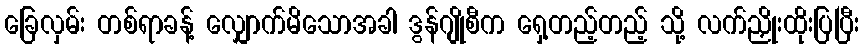
ခြေလှမ်း တစ်ရာခန့် လျှောက်မိသောအခါ ဒွန်ဂျိုစီက ရှေ့တည့်တည့် သို့ လက်ညှိုးထိုးပြပြီး